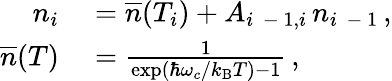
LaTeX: \begin{array}{rl}{n_{i}}&{{}=\overline{{n}}(T_{i})+A_{i\, \mathrm{~-~}1,i}\, n_{i\, \mathrm{~-~}1}\, ,}\\ {\overline{{n}}(T)}&{{}=\frac{1}{\exp(\hbar\omega_{c}/k_{\mathrm{B}}T)-1}\, ,}\end{array}